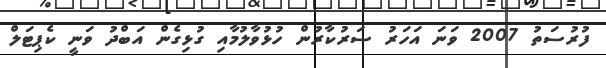
ފުރުސަތު 2007 ވަނަ އަހަރު ސަރުކާރުން ހުޅުވާލުމާއި ގުޅިގެން އަބްދު ވަނީ ކެޕިޓަލް